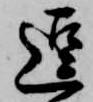
逗